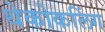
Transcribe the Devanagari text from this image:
थेकोकलिंग